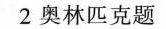
2 奥林匹克题